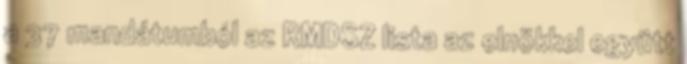
a 37 mandátumból az RMDSZ lista az elnökkel együtt